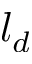
l _ { d }